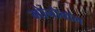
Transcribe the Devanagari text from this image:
मोनोवॉल